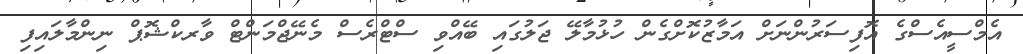
އެމްސީއެސްގެ އޮފިސަރުންނަށް އަމާޒުކޮށްގެން ހުޅުމާލޭ ޖަލުގައި ބޭއްވި ސްޓްރެސް މެނޭޖްމަންޓް ވާރކްޝޮޕް ނިންމާލައިފި